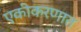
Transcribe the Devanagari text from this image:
एकीकरणात